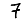
Digit: 7